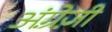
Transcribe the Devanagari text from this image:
अंग्रे़ज़ी